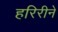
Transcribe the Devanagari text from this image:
हरिरीने